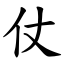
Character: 仗